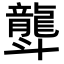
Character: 𪚛